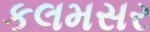
કલમસર